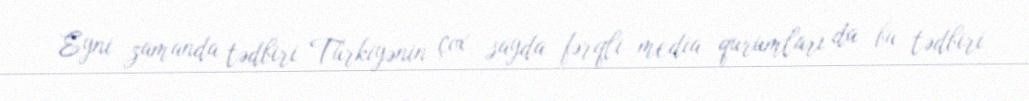
Eyni zamanda tədbiri Türkiyənin çox sayda fərqli media qurumları da bu tədbiri